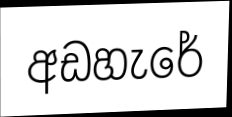
අඩහැරේ